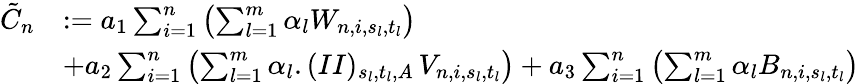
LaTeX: \begin{array}{rl}{\tilde{C}_{n}}&{:=a_{1}\sum_{i=1}^{n}\left(\sum_{l=1}^{m}\alpha_{l}W_{n,i,s_{l},t_{l}}\right)}\\ &{+a_{2}\sum_{i=1}^{n}\left(\sum_{l=1}^{m}\alpha_{l}.(II)_{s_{l},t_{l},A}\, V_{n,i,s_{l},t_{l}}\right)+a_{3}\sum_{i=1}^{n}\left(\sum_{l=1}^{m}\alpha_{l}B_{n,i,s_{l},t_{l}}\right)}\end{array}